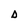
Character: D